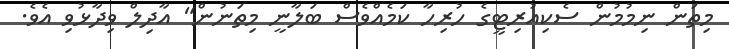
މިތަން ނިމުމުން ސެކިއުރިޓީގެ ހުރިހާ ކަމެއްވެސް ބަލާނީ މިތަނުން" އާދިލް ވިދާޅުވި އެވެ.